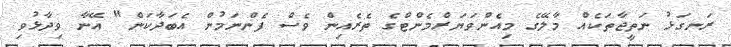
ރަނގަޅު ނަތީޖާތަކެއް މާލޭގެ މިއެންވަޔަރްމެންޓްގެ ތެރެއިން ވެސް ފެންނަމުން އެބަދާކަން" އޭނާ ވިދާޅުވި